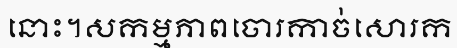
នោះ។សកម្មភាពចោរកាច់សោរក